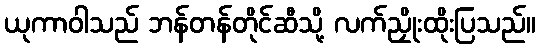
ယုကာဝါသည် ဘန်တန်တိုင်ဆီသို့ လက်ညှိုးထိုးပြသည်။